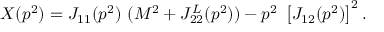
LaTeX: X ( p ^ { 2 } ) = J _ { 1 1 } ( p ^ { 2 } ) \ ( M ^ { 2 } + J _ { 2 2 } ^ { L } ( p ^ { 2 } ) ) - p ^ { 2 } \ \left[ J _ { 1 2 } ( p ^ { 2 } ) \right] ^ { 2 } .